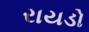
રાયડો